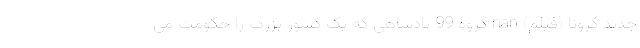
جدید کرونا (فیلم) nan گروه 99 پادشاهی که یک کشور بزرگ را حکومت می